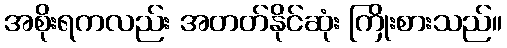
အစိုးရကလည်း အတတ်နိုင်ဆုံး ကြိုးစားသည်။